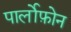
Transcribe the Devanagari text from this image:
पार्लोफ़ोन